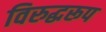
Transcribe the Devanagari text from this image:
विरुद्धरूप